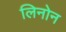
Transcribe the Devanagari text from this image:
लिनोन